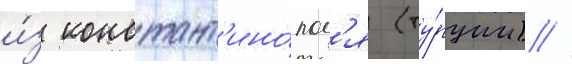
и́з констант'ино́пол'я (ту́рции) //